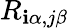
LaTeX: R_{\mathbf{i}\alpha,j\beta}